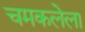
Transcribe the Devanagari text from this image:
चमकलेला